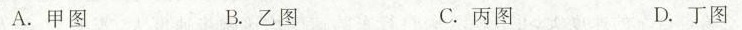
A.甲图 B.乙图 C.丙图 D.丁图